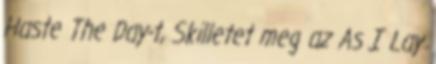
Haste The Day-t, Skilletet meg az As I Lay